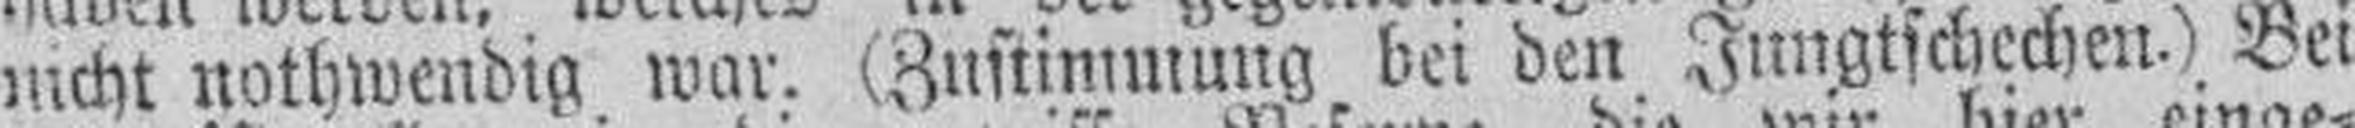
nicht nothwendig war. (Zustimmung bei den Jungtschechen.) Bei